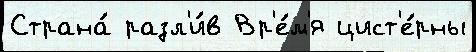
Страна́ разл'и́в Вр'е́м'я цист'е́рны